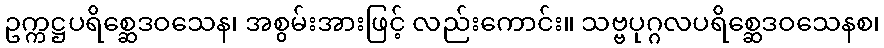
ဥက္ကဋ္ဌပရိစ္ဆေဒဝသေန၊ အစွမ်းအားဖြင့် လည်းကောင်း။ သဗ္ဗပုဂ္ဂလပရိစ္ဆေဒဝသေနစ၊